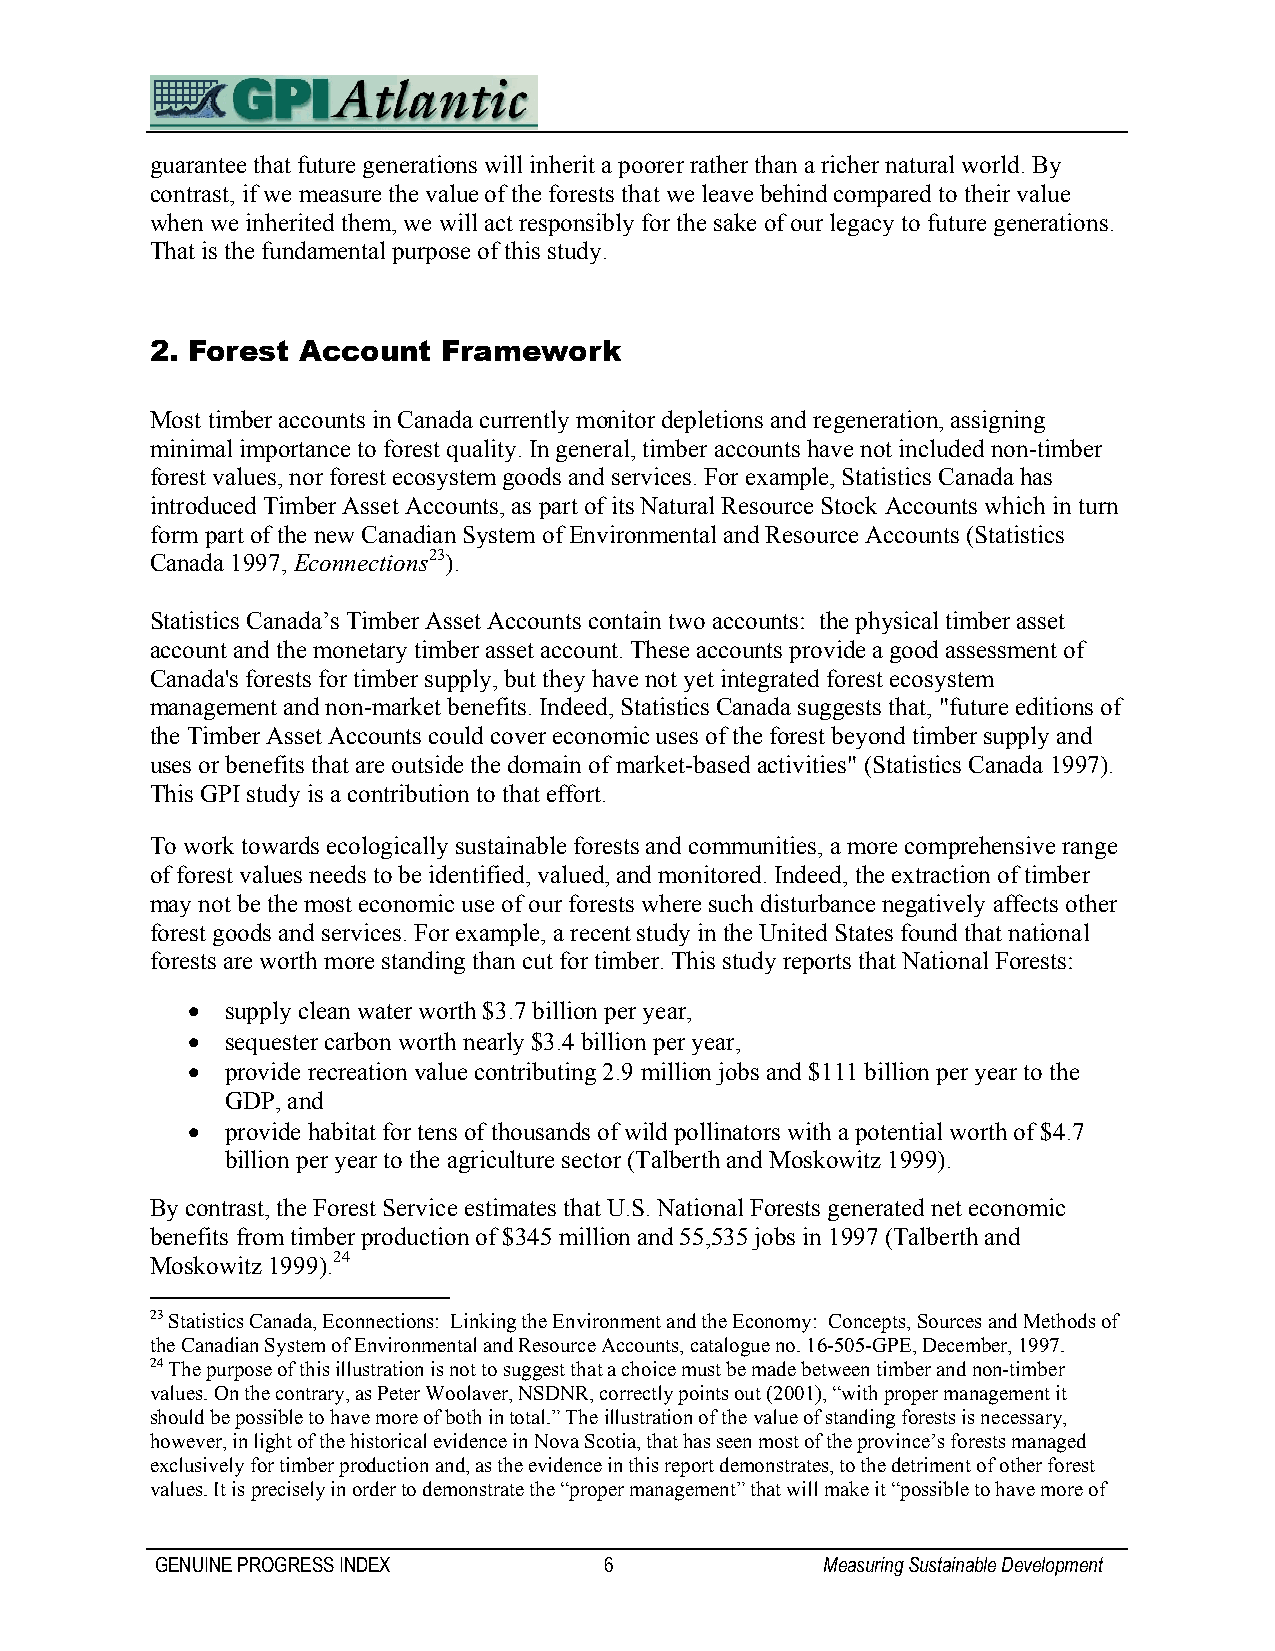
guarantee that future generations will inherit a poorer rather than a richer natural world. By
 contrast, if we measure the value of the forests that we leave behind compared to their value
 when we inherited them, we will act responsibly for the sake of our legacy to future generations.
 That is the fundamental purpose of this study.
 2. Forest Account  Framework
 Most timber accounts in Canada currently monitor depletions and regeneration, assigning
 minimal importance to forest quality. In general, timber accounts have not included non-timber
 forest values, nor forest ecosystem goods and services. For example, Statistics Canada has
 introduced Timber Asset Accounts, as part of its Natural Resource Stock Accounts which in turn
 form part of the new Canadian System of Environmental and Resource Accounts (Statistics
 Canada 1997, Econnections23).
 Statistics Canada’s Timber Asset Accounts contain two accounts: the physical timber asset
 account and the monetary timber asset account. These accounts provide a good assessment of
 Canada's forests for timber supply, but they have not yet integrated forest ecosystem
 management and non-market benefits. Indeed, Statistics Canada suggests that, "future editions of
 the Timber Asset Accounts could cover economic uses of the forest beyond timber supply and
 uses or benefits that are outside the domain of market-based activities" (Statistics Canada 1997).
 This GPI study is a contribution to that effort.
 To work towards ecologically sustainable forests and communities, a more comprehensive range
 of forest values needs to be identified, valued, and monitored. Indeed, the extraction of timber
 may not be the most economic use of our forests where such disturbance negatively affects other
 forest goods and services. For example, a recent study in the United States found that national
 forests are worth more standing than cut for timber. This study reports that National Forests:
 •  supply clean water worth $3.7 billion per year,
 •  sequester carbon worth nearly $3.4 billion per year,
 •  provide recreation value contributing 2.9 million jobs and $111 billion per year to the
 GDP, and
 •  provide habitat for tens of thousands of wild pollinators with a potential worth of $4.7
 billion per year to the agriculture sector (Talberth and Moskowitz 1999).
 By contrast, the Forest Service estimates that U.S. National Forests generated net economic
 benefits from timber production of $345 million and 55,535 jobs in 1997 (Talberth and
 Moskowitz 1999).24
 23 Statistics Canada, Econnections: Linking the Environment and the Economy: Concepts, Sources and Methods of
 the Canadian System of Environmental and Resource Accounts, catalogue no. 16-505-GPE, December, 1997.
 24 The purpose of this illustration is not to suggest that a choice must be made between timber and non-timber
 values. On the contrary, as Peter Woolaver, NSDNR, correctly points out (2001), “with proper management it
 should be possible to have more of both in total.” The illustration of the value of standing forests is necessary,
 however, in light of the historical evidence in Nova Scotia, that has seen most of the province’s forests managed
 exclusively for timber production and, as the evidence in this report demonstrates, to the detriment of other forest
 values. It is precisely in order to demonstrate the “proper management” that will make it “possible to have more of
 GENUINE PROGRESS INDEX        6              Measuring Sustainable Development